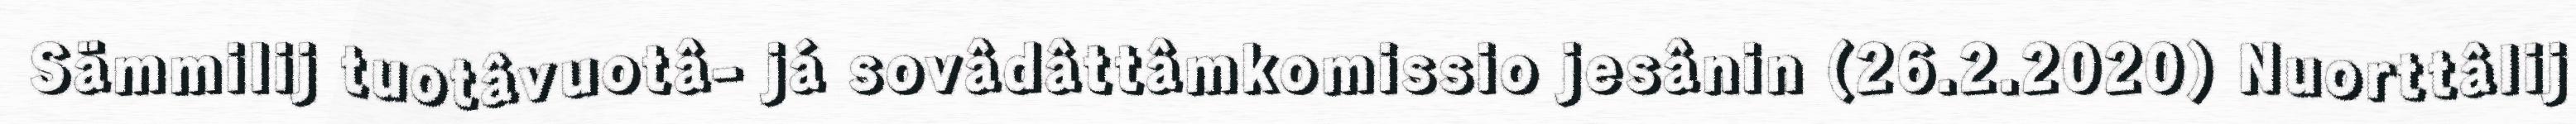
Sämmilij tuotâvuotâ- já sovâdâttâmkomissio jesânin (26.2.2020) Nuorttâlij